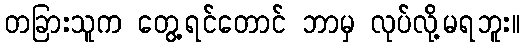
တခြားသူက တွေ့ရင်တောင် ဘာမှ လုပ်လို့မရဘူး။